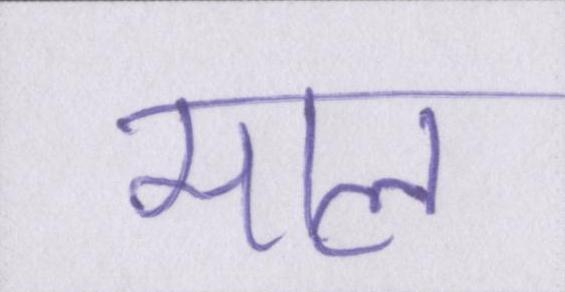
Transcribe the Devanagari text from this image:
माल